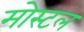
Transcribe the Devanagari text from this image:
मोस्टल